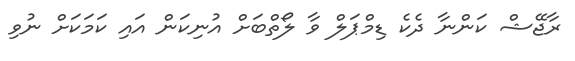
ރާޖޭޝް ކަންނާ ދެކެ ޑިމްޕަލް ވާ ލޯތްބަށް އުނިކަން އައި ކަމަކަށް ނުވި